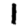
Digit: 1